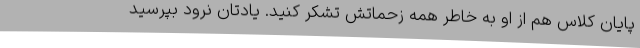
پایان کلاس هم از او به خاطر همه زحماتش تشکر کنید. یادتان نرود بپرسید